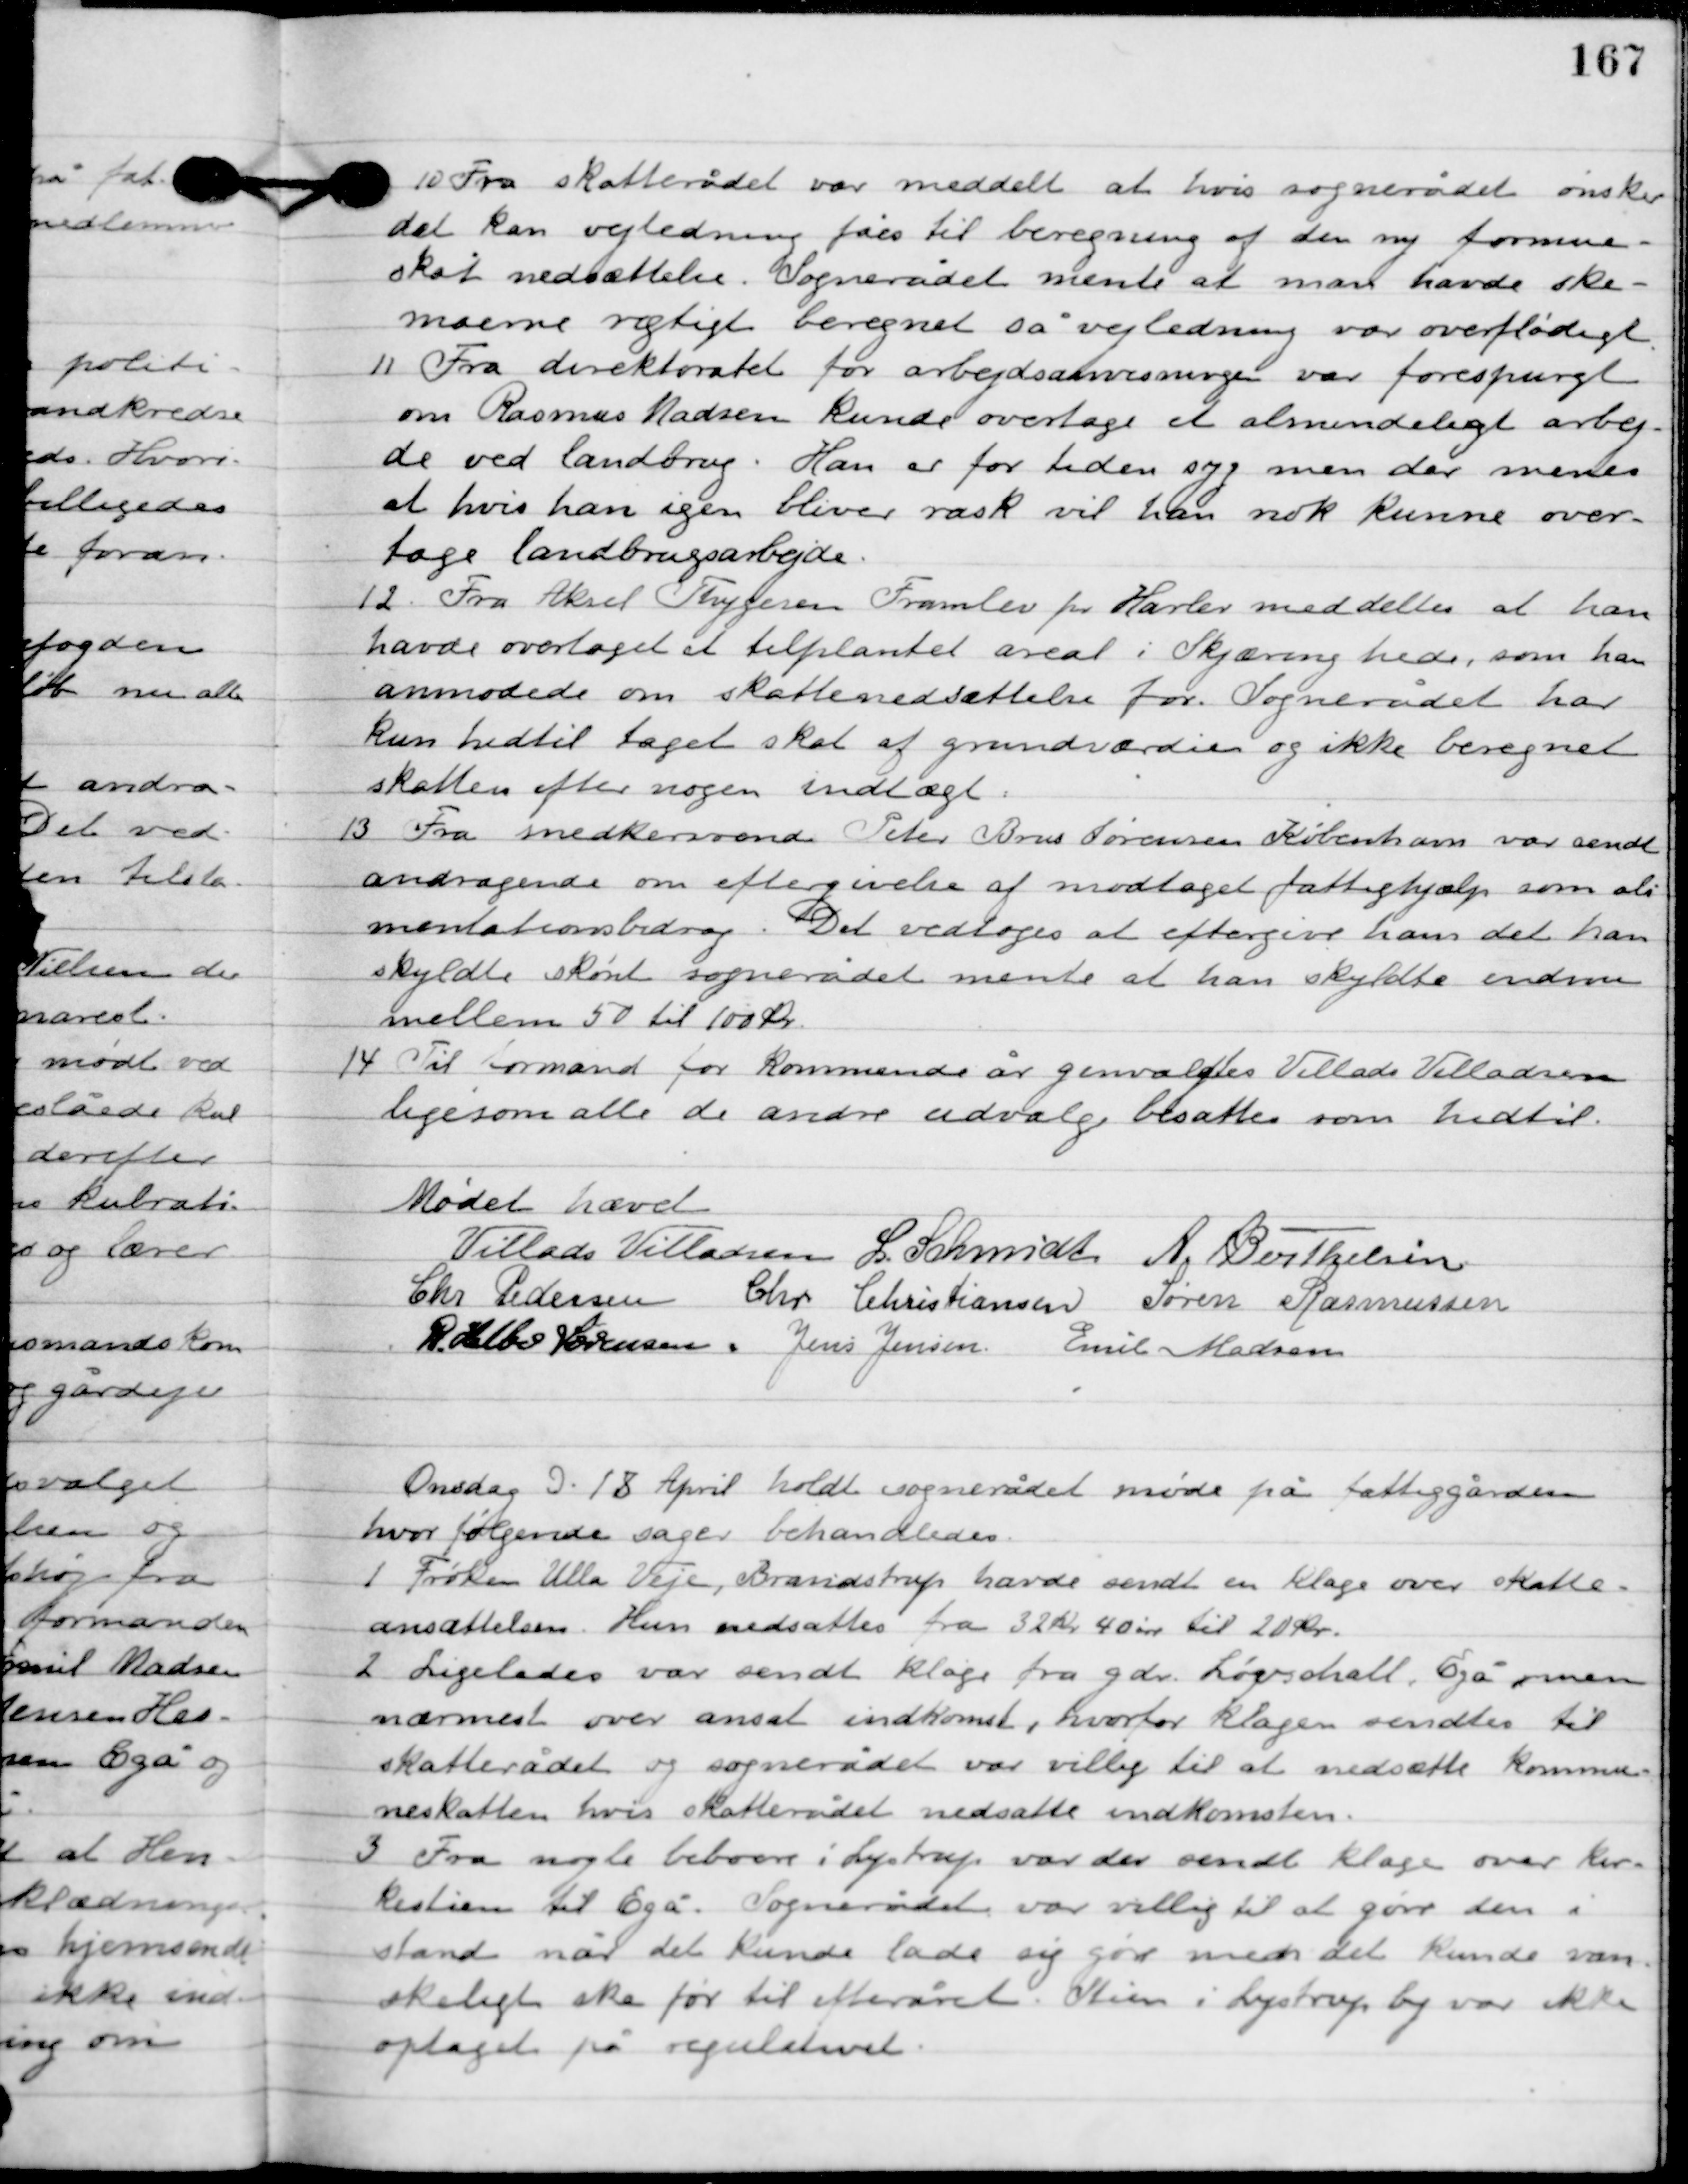
Transskription:
10

Fra Skatterådet var meddelt at hvis sognerådet ønsker
det kan vejledning fåes til beregning af den ny formue-
skat nedsættes. Sognerådet mente at man havde ske-
maerne rigtigt beregnet så vejledning var overflødigt.

11

Fra direktorat for arbejdsanvisningen var forespurgt
om Rasmus Madsen kunde overtage et almindeligt arbej-
de ved landbrug. Han er for tiden syg men der menes
at hvis han igen bliver rask vil han nok kunde over-
tage landbrugsarbejde.

12

Fra Aksel Thygesen Framlev pr. Harlev meddeltes at han
havde overtaget et tilplantet areal i Skjæring hede, som han
anmodede om skattenedsættelse for. Sognerådet har
kun hidtil taget skat af grundværdien og ikke beregnet
skatten efter nogen indtægt.

13

Fra snedkersvend Peter Brus Sørensen København var sendt
 andragende om eftergivelse af modtaget fattighjælp som ali-
mentationsbidrag. Det vedtoges at eftergive ham det han
skyldte skønt sognerådet mente at han skyldte endnu
mellem 50 til 100 kr.

14

Til formand for kommende år genvalgtes Villads Villadsen
ligesom alle de andre udvalg besattes som hidtil.

Mødet hævet

Villads J. Villadsen
I. Schmidt
A. Berthelsen
Chr. Pedersen
Kr. Kristiansen
Søren Rasmussen
R. Helbo Sørensen
Jens Jensen
Emil Madsen

Onsdag D. 18. April holdt sognerådet møde på fattiggården,
hvor følgende sager behandledes.

1

Frøken Ulla Veje, Brandstrup havde sendt en klage over skatte-
ansættelsen. Hun nedsattes fra 32 kr. 40 øre til 20 kr.

2

Ligeledes var sendt klage fra gdr. Løvschall. Egå men
nærmest over ansat indkomst, hvorfor klagen sendtes til
skatterådet og sognerådet var villig til at nedsætte kommune-
skatten hvis skatterådet nedsatte indkomsten.

3

Fra nogle beboere i Lystrup var der sendt klage over kir-
kestien til Egå. Sognerådet var villig til at gøre den i
stand, når det kunne lade sig gøre men det kunde van-
skeligt ske før til efteråret. Stien i Lystrup by var ikke
optaget på regulativet.